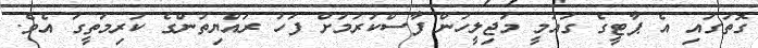
ގޮތުގައި އެ ޕާޓީގެ ގައުމީ މަޖިލީހުން ފާސްކުރުމަށް ފަހު ރައްޔިތުންގެ ކުރިމަތީގަ އެވެ.